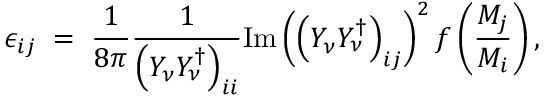
\epsilon _ { i j } \; = \; { \frac { 1 } { 8 \pi } } { \frac { 1 } { \left( Y _ { \nu } Y _ { \nu } ^ { \dagger } \right) _ { i i } } } \mathrm { I m } \left( \left( Y _ { \nu } Y _ { \nu } ^ { \dagger } \right) _ { i j } \right) ^ { 2 } f \left( { \frac { M _ { j } } { M _ { i } } } \right) ,